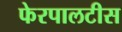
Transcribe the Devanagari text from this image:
फेरपालटीस